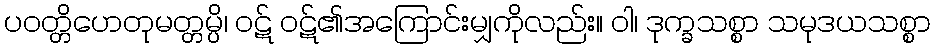
ပဝတ္တိဟေတုမတ္တမ္ပိ၊ ဝဋ် ဝဋ်၏အကြောင်းမျှကိုလည်း။ ဝါ၊ ဒုက္ခသစ္စာ သမုဒယသစ္စာ